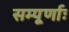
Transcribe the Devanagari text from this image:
सम्पूर्णाः